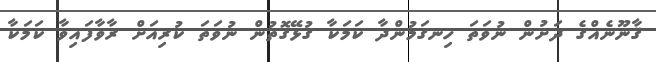
ޤާނޫނެއްގެ ދަށުން ނުވަތަ ހިނގަމުންދާ ކަމަކާ ގުޅޭގޮތުން ނުވަތަ ކުރިއަށް ރާވާފައިވާ ކަމަކާ